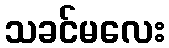
သခင်မလေး